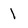
Character: 1